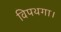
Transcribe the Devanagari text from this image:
विपथगा।